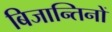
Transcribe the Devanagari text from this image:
बिजान्तिनों